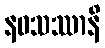
နဝသဿာနိ